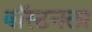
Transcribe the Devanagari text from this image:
बॉस्टनला